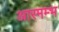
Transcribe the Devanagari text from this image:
आरमम्भ